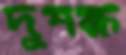
দুপক্ষ